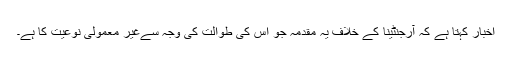
اخبار کہتا ہے کہ آرجنٹینا کے خلاف یہ مقدّمہ جو اس کی طوالت کی وجہ سےغیر معمولی نوعیت کا ہے۔